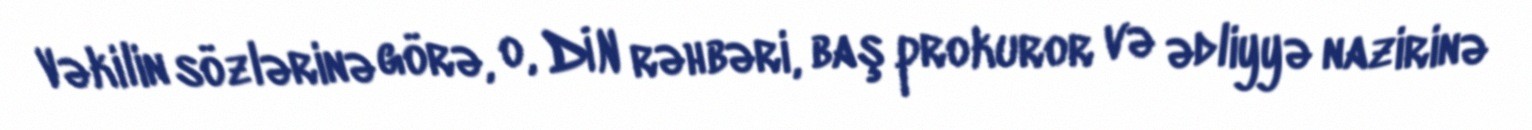
Vəkilin sözlərinə görə, o, DİN rəhbəri, baş prokuror və ədliyyə nazirinə